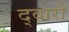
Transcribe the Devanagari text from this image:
द्वारौ